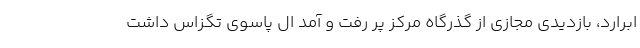
ابرارد، بازدیدی مجازی از گذرگاه مرکز پر رفت و آمد ال پاسوی تگزاس داشت